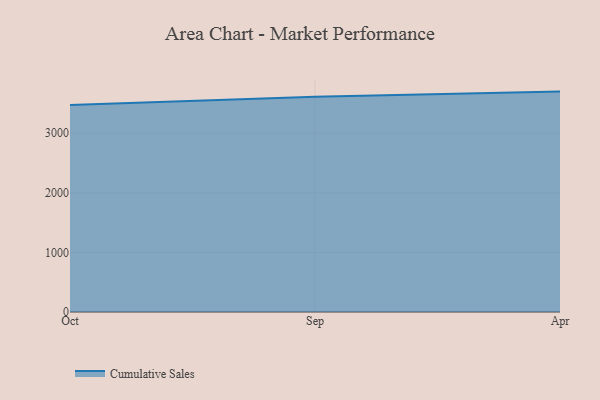
{"axis": {"x": "Month", "y": "Net Income (USD K)"}, "legend": ["Cumulative Sales"], "data": [{"x": "Oct", "y": 3471.2, "type": "Cumulative Sales"}, {"x": "Sep", "y": 3612.4, "type": "Cumulative Sales"}, {"x": "Apr", "y": 3698.0, "type": "Cumulative Sales"}]}